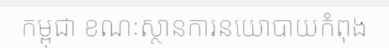
កម្ពុជា ខណៈស្ថានការនយោបាយកំពុង